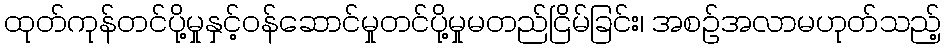
ထုတ်ကုန်တင်ပို့မှုနှင့်ဝန်ဆောင်မှုတင်ပို့မှုမတည်ငြိမ်ခြင်း၊ အစဉ်အလာမဟုတ်သည့်